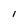
Character: l